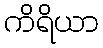
ကိရိယာ